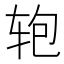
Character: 𰺂